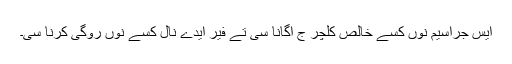
ایس جراسیم نوں کسے خالص کلچر ج اگانا سی تے فیر ایدے نال کسے نوں روگی کرنا سی۔